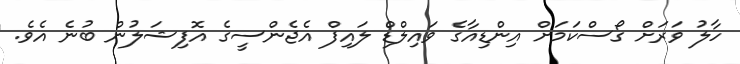
ހާލު ވަރަށް ގޯސްކަމަށް އިންޑިއާގެ ވައިލްޑް ލައިފް އެޖެންސީގެ އޮފިޝަލުން ބުނެ އެވެ.